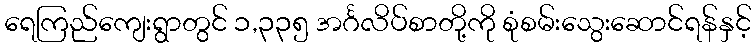
ရေကြည်ကျေးရွာတွင် ၁,၃၃၅ အင်္ဂလိပ်စာတို့ကို စုံစမ်းသွေးဆောင်ရန်နှင့်